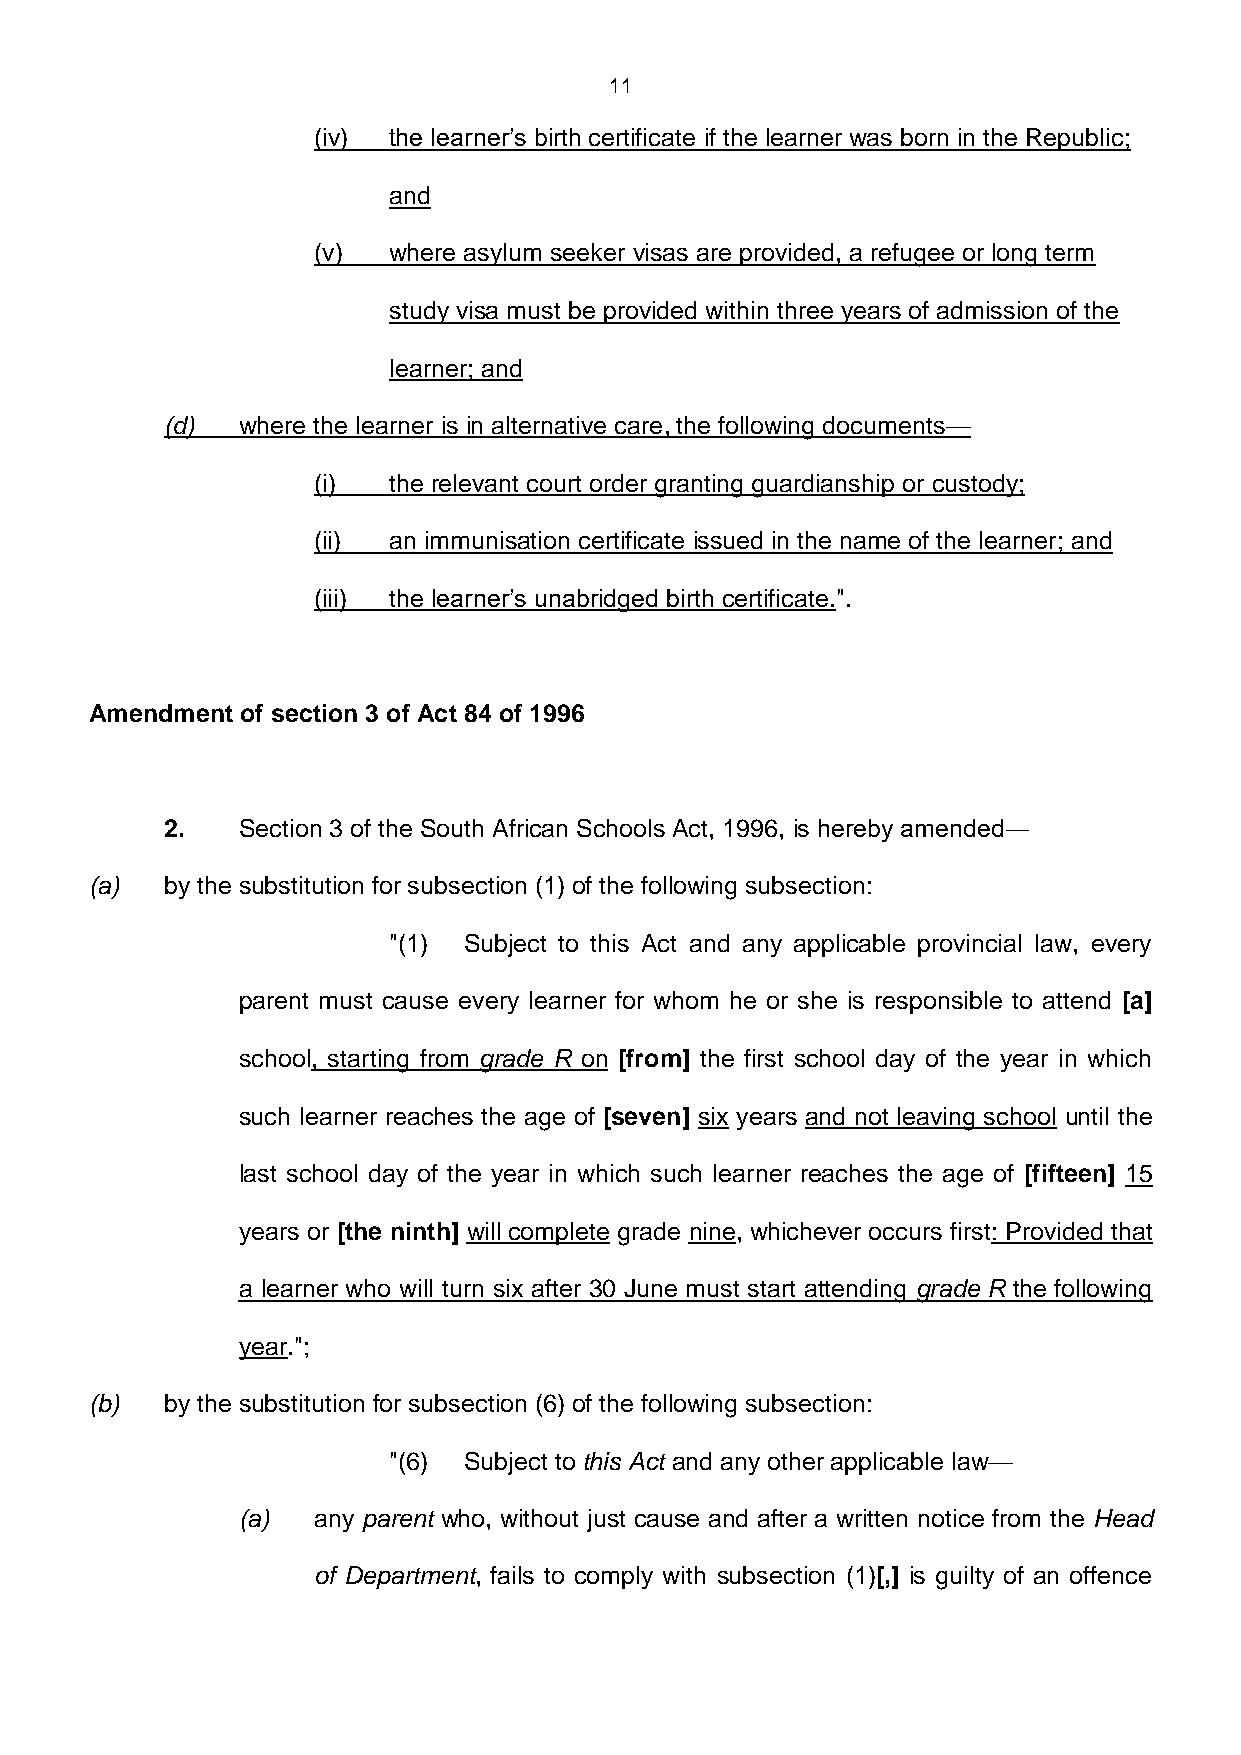
11
 (iv) the learner’s birth certificate if the learner was born in the Republic;
 and
 (v)  where asylum seeker visas are provided, a refugee or long term
 study visa must be provided within three years of admission of the
 learner; and
 (d)  where the learner is in alternative care, the following documents—
 (i)  the relevant court order granting guardianship or custody;
 (ii) an immunisation certificate issued in the name of the learner; and
 (iii) the learner’s unabridged birth certificate.".
 Amendment of section 3 of Act 84 of 1996
 2.   Section 3 of the South African Schools Act, 1996, is hereby amended―
 (a)  by the substitution for subsection (1) of the following subsection:
 "(1) Subject to this Act and any applicable provincial law, every
 parent must cause every learner for whom he or she is responsible to attend [a]
 school, starting from grade R on [from] the first school day of the year in which
 such learner reaches the age of [seven] six years and not leaving school until the
 last school day of the year in which such learner reaches the age of [fifteen] 15
 years or [the ninth] will complete grade nine, whichever occurs first: Provided that
 a learner who will turn six after 30 June must start attending grade R the following
 year.";
 (b)  by the substitution for subsection (6) of the following subsection:
 "(6) Subject to this Act and any other applicable law—
 (a)  any parent who, without just cause and after a written notice from the Head
 of Department, fails to comply with subsection (1)[,] is guilty of an offence